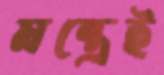
মন্ত্রেই